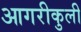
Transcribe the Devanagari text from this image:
आगरीकुली